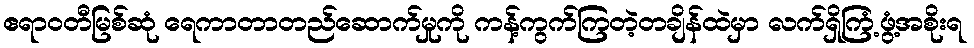
ဧရာဝတီမြစ်ဆုံ ရေကာတာတည်ဆောက်မှုကို ကန့်ကွက်ကြတဲ့တချိန်ထဲမှာ လက်ရှိကြံ့ဖွံ့အစိုးရ